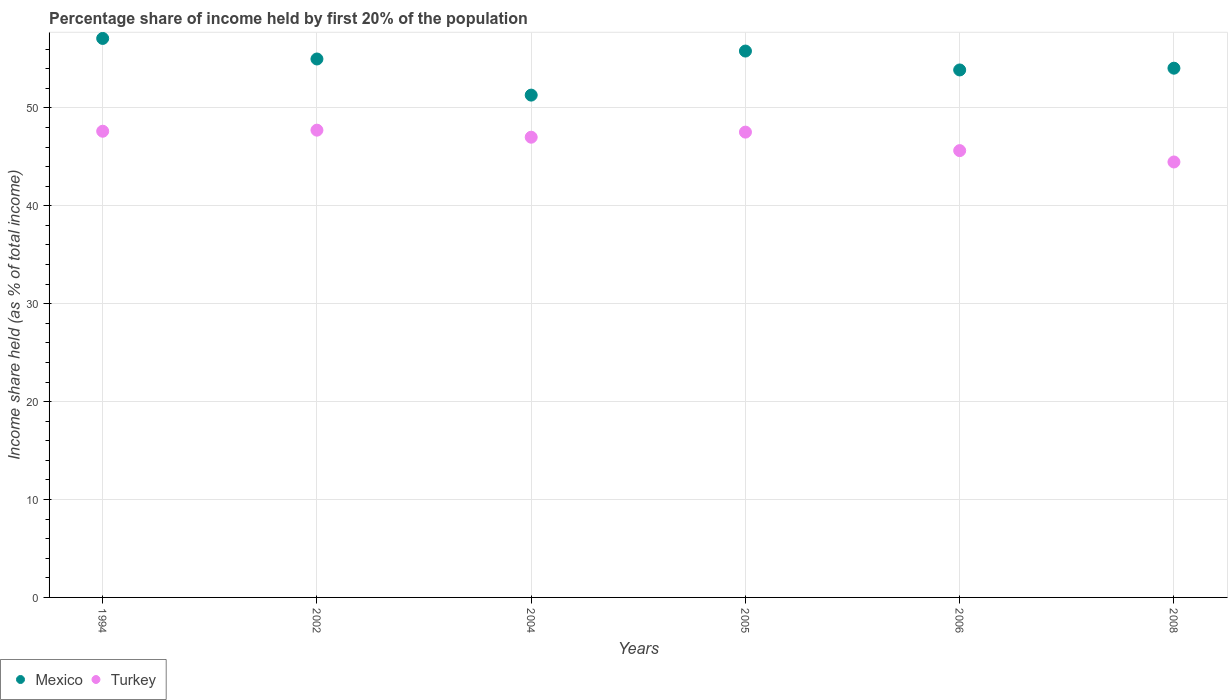
| Years | Mexico | Turkey |
 | --- | --- | --- |
 | 1994 | 57.1 | 47.6 |
 | 2002 | 55 | 47.7 |
 | 2004 | 51.3 | 47 |
 | 2005 | 55.8 | 47.5 |
 | 2006 | 53.9 | 45.6 |
 | 2008 | 54.1 | 44.5 |